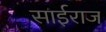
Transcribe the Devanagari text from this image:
साईराज